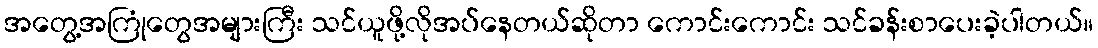
အတွေ့အကြုံတွေအများကြီး သင်ယူဖို့လိုအပ်နေတယ်ဆိုတာ ကောင်းကောင်း သင်ခန်းစာပေးခဲ့ပါတယ်။